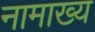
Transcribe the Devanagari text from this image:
नामाख्य